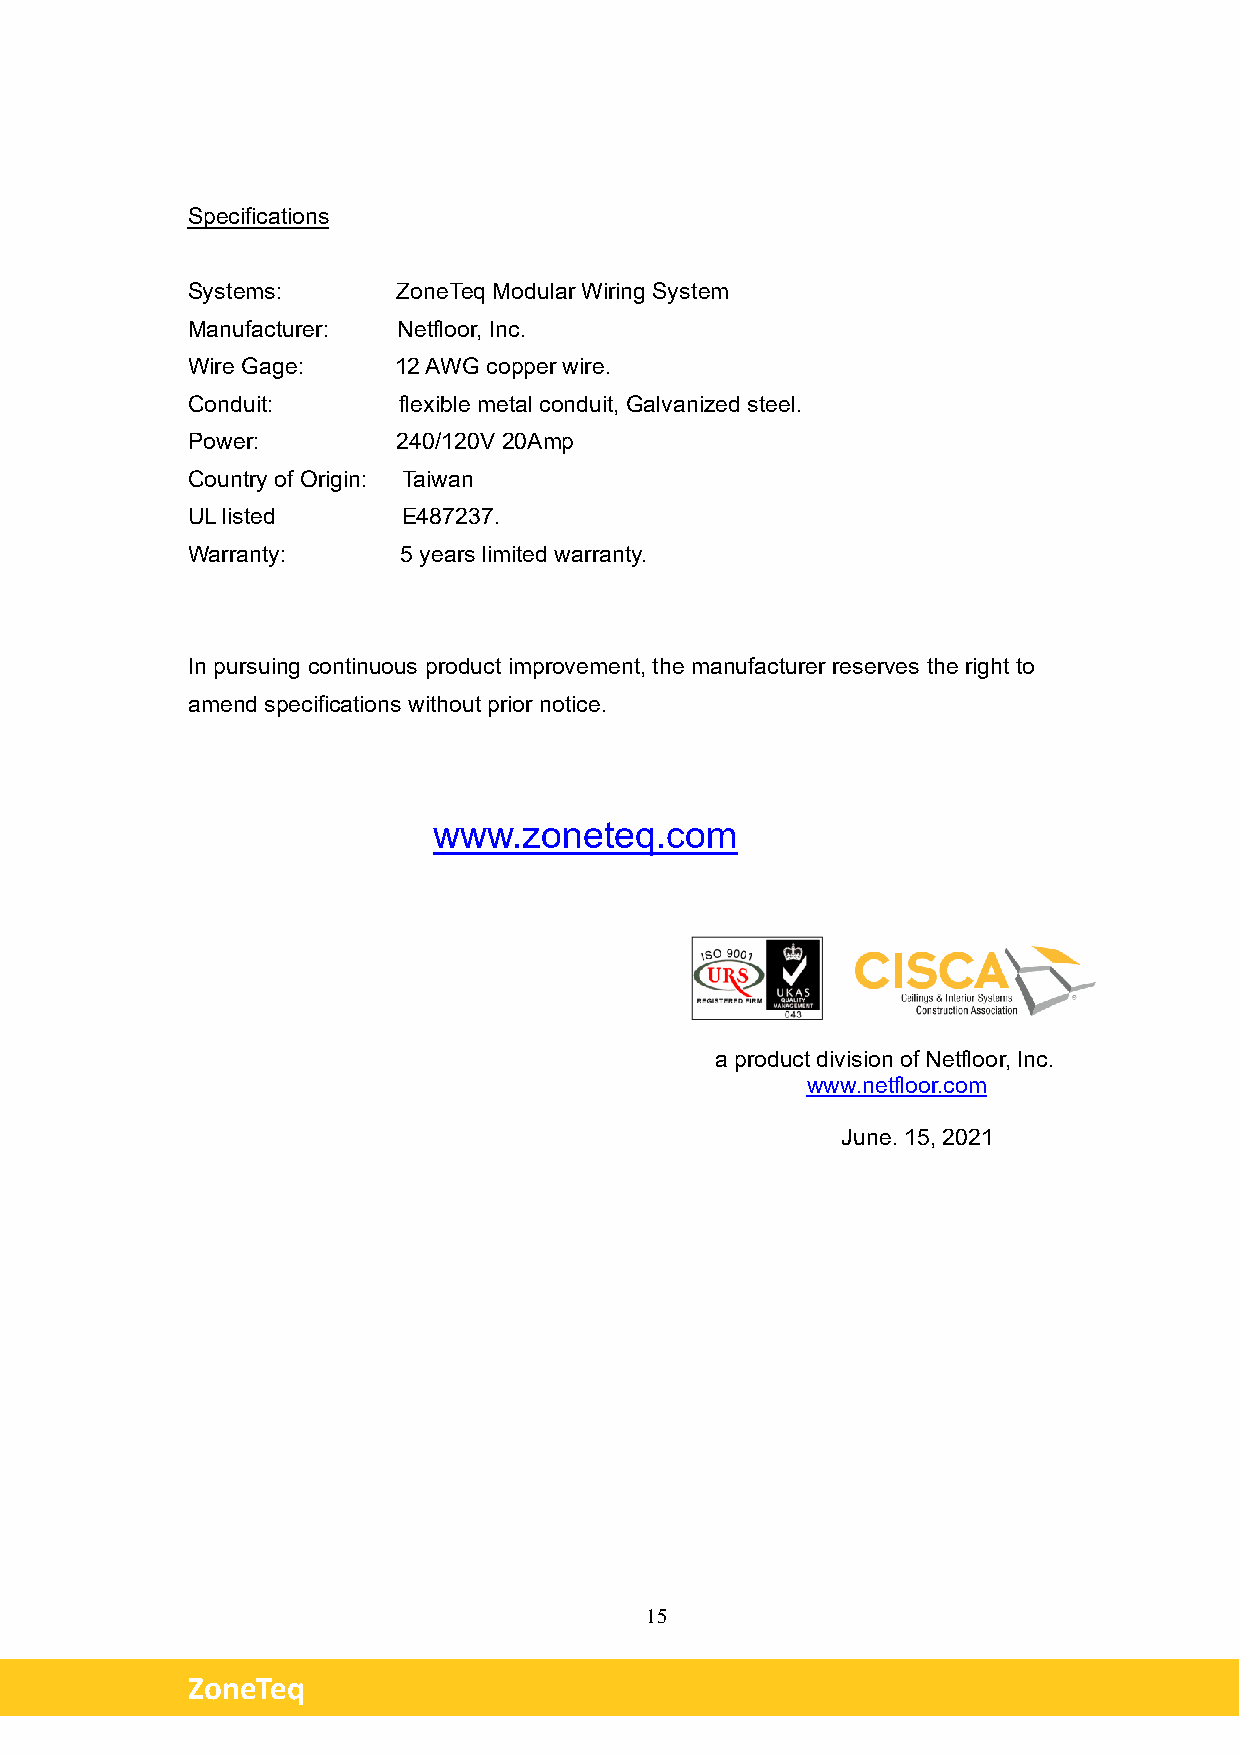
Specifications
 Systems:      ZoneTeq Modular Wiring System
 Manufacturer: Netfloor, Inc.
 Wire Gage:    12 AWG copper wire.
 Conduit:      flexible metal conduit, Galvanized steel.
 Power:        240/120V 20Amp
 Country of Origin: Taiwan
 UL listed      E487237.
 Warranty:     5 years limited warranty.
 In pursuing continuous product improvement, the manufacturer reserves the right to
 amend specifications without prior notice.
 www.zoneteq.com
 a product division of Netfloor, Inc.
 www.netfloor.com
 June. 15, 2021
 15
 ZoneTeq